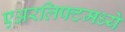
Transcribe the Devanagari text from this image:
एअरलिफ्टमध्ये